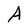
Character: A